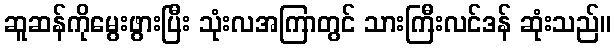
ဆူဆန်ကိုမွေးဖွားပြီး သုံးလအကြာတွင် သားကြီးလင်ဒန် ဆုံးသည်။